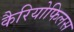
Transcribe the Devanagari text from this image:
कैरियोफिलस